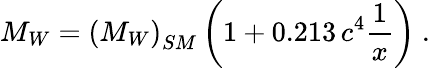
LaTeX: M_{W}=\left(M_{W}\right)_{SM}\left(1+0.213\, c^{4}{\frac{1}{x}}\right)~.